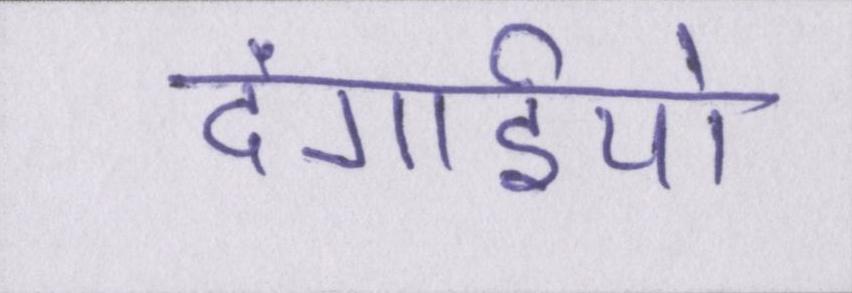
दंगाईयो